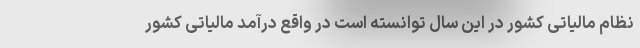
نظام مالیاتی کشور در این سال توانسته است در واقع درآمد مالیاتی کشور